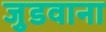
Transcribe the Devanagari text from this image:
जुडवाना